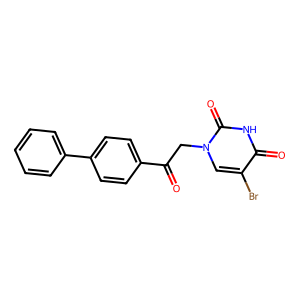
SMILES: O=C(Cn1cc(Br)c(=O)[nH]c1=O)c1ccc(-c2ccccc2)cc1
Inhibits HIV replication: No